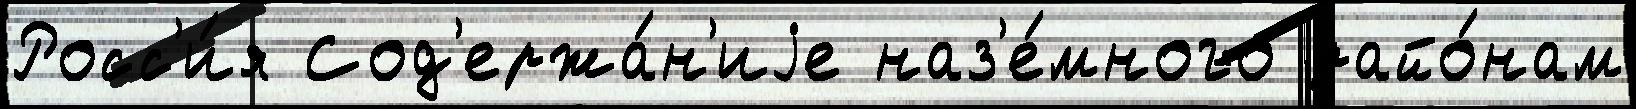
Росс'и́я Сод'ержа́н'иjе наз'е́много райо́нам